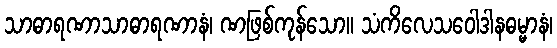
သာဓာရဏာသာဓာရဏာနံ၊ ဏဖြစ်ကုန်သော။ သံကိလေသဝေါဒါနဓမ္မာနံ၊